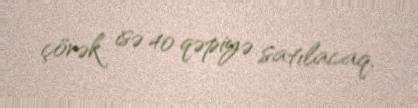
çörək isə 40 qəpiyə satılacaq.